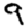
Digit: 9